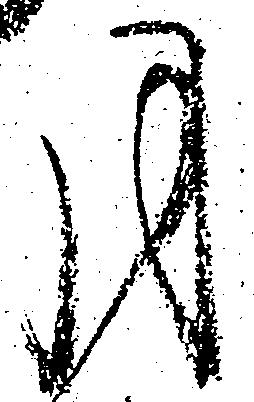
月